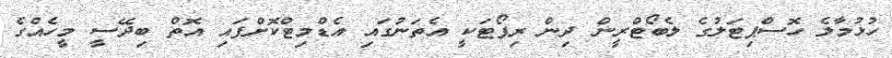
ހުޅުމާލެ ހޮސްޕިޓަލުގެ ލެބޯޓްރީން ދިން ރިޕޯޓަކީ އެތަނުގައި އެޑްމިޓްކޮށްފައި އޮތް ބިދޭސީ މީހެއްގެ